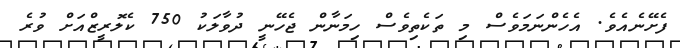
ފެށޭނެއެވެ. އެހެންނަމަވެސް މި ތަކެތިވެސް ހިމަނާން ޖެހޭނީ ދުވާލަކު 750 ކެލޮރީޒްއަށް ވުރެ